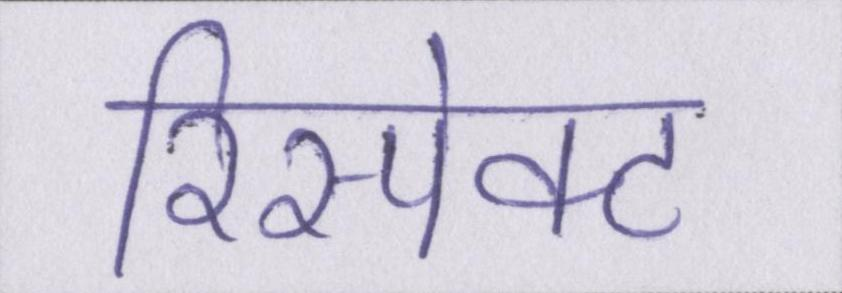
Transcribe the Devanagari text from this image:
रिस्पेक्ट